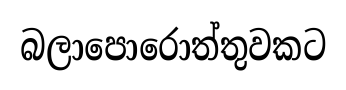
බලාපොරොත්තුවකට